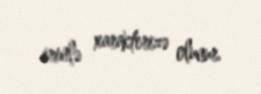
irinlə xarakterizə olunur.